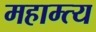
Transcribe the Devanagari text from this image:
महाम्त्य